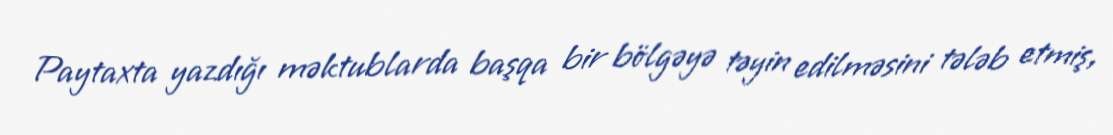
Paytaxta yazdığı məktublarda başqa bir bölgəyə təyin edilməsini tələb etmiş,